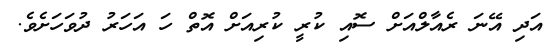
އަދި އޭނަ ރެއާލްއަށް ސޮއި ކުރީ ކުރިއަށް އޮތް ހަ އަހަރު ދުވަހަށެވެ.